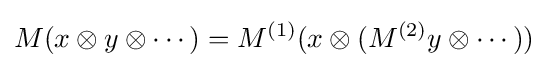
M(x\otimes y\otimes \cdots )=M^{(1)}(x\otimes (M^{(2)}y\otimes \cdots ))